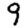
Digit: 9